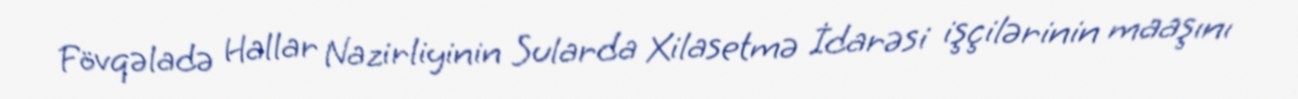
Fövqəladə Hallar Nazirliyinin Sularda Xilasetmə İdarəsi işçilərinin maaşını